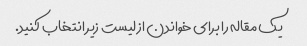
یک مقاله را برای خواندن از لیست زیر انتخاب کنید.